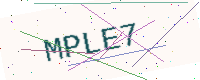
Text: MPLE7